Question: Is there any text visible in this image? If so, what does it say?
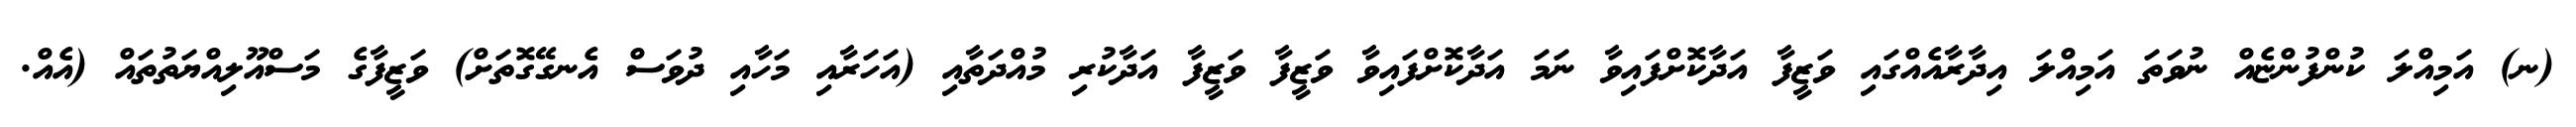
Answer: (ނ) އަމިއްލަ ކުންފުންޏެއް ނުވަތަ އަމިއްލަ އިދާރާއެއްގައި ވަޒީފާ އަދާކޮށްފައިވާ ނަމަ އަދާކޮށްފައިވާ ވަޒީފާ ވަޒީފާ އަދާކުރި މުއްދަތާއި (އަހަރާއި މަހާއި ދުވަސް އެނގޭގޮތަށް) ވަޒީފާގެ މަސްއޫލިއްޔަތުތައް (އެއް.